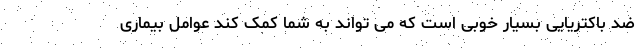
ضد باکتریایی بسیار خوبی است که می تواند به شما کمک کند عوامل بیماری